65_HS1-834228961_62-HQ-83894_Section_4
Agency: FBI
Page 182
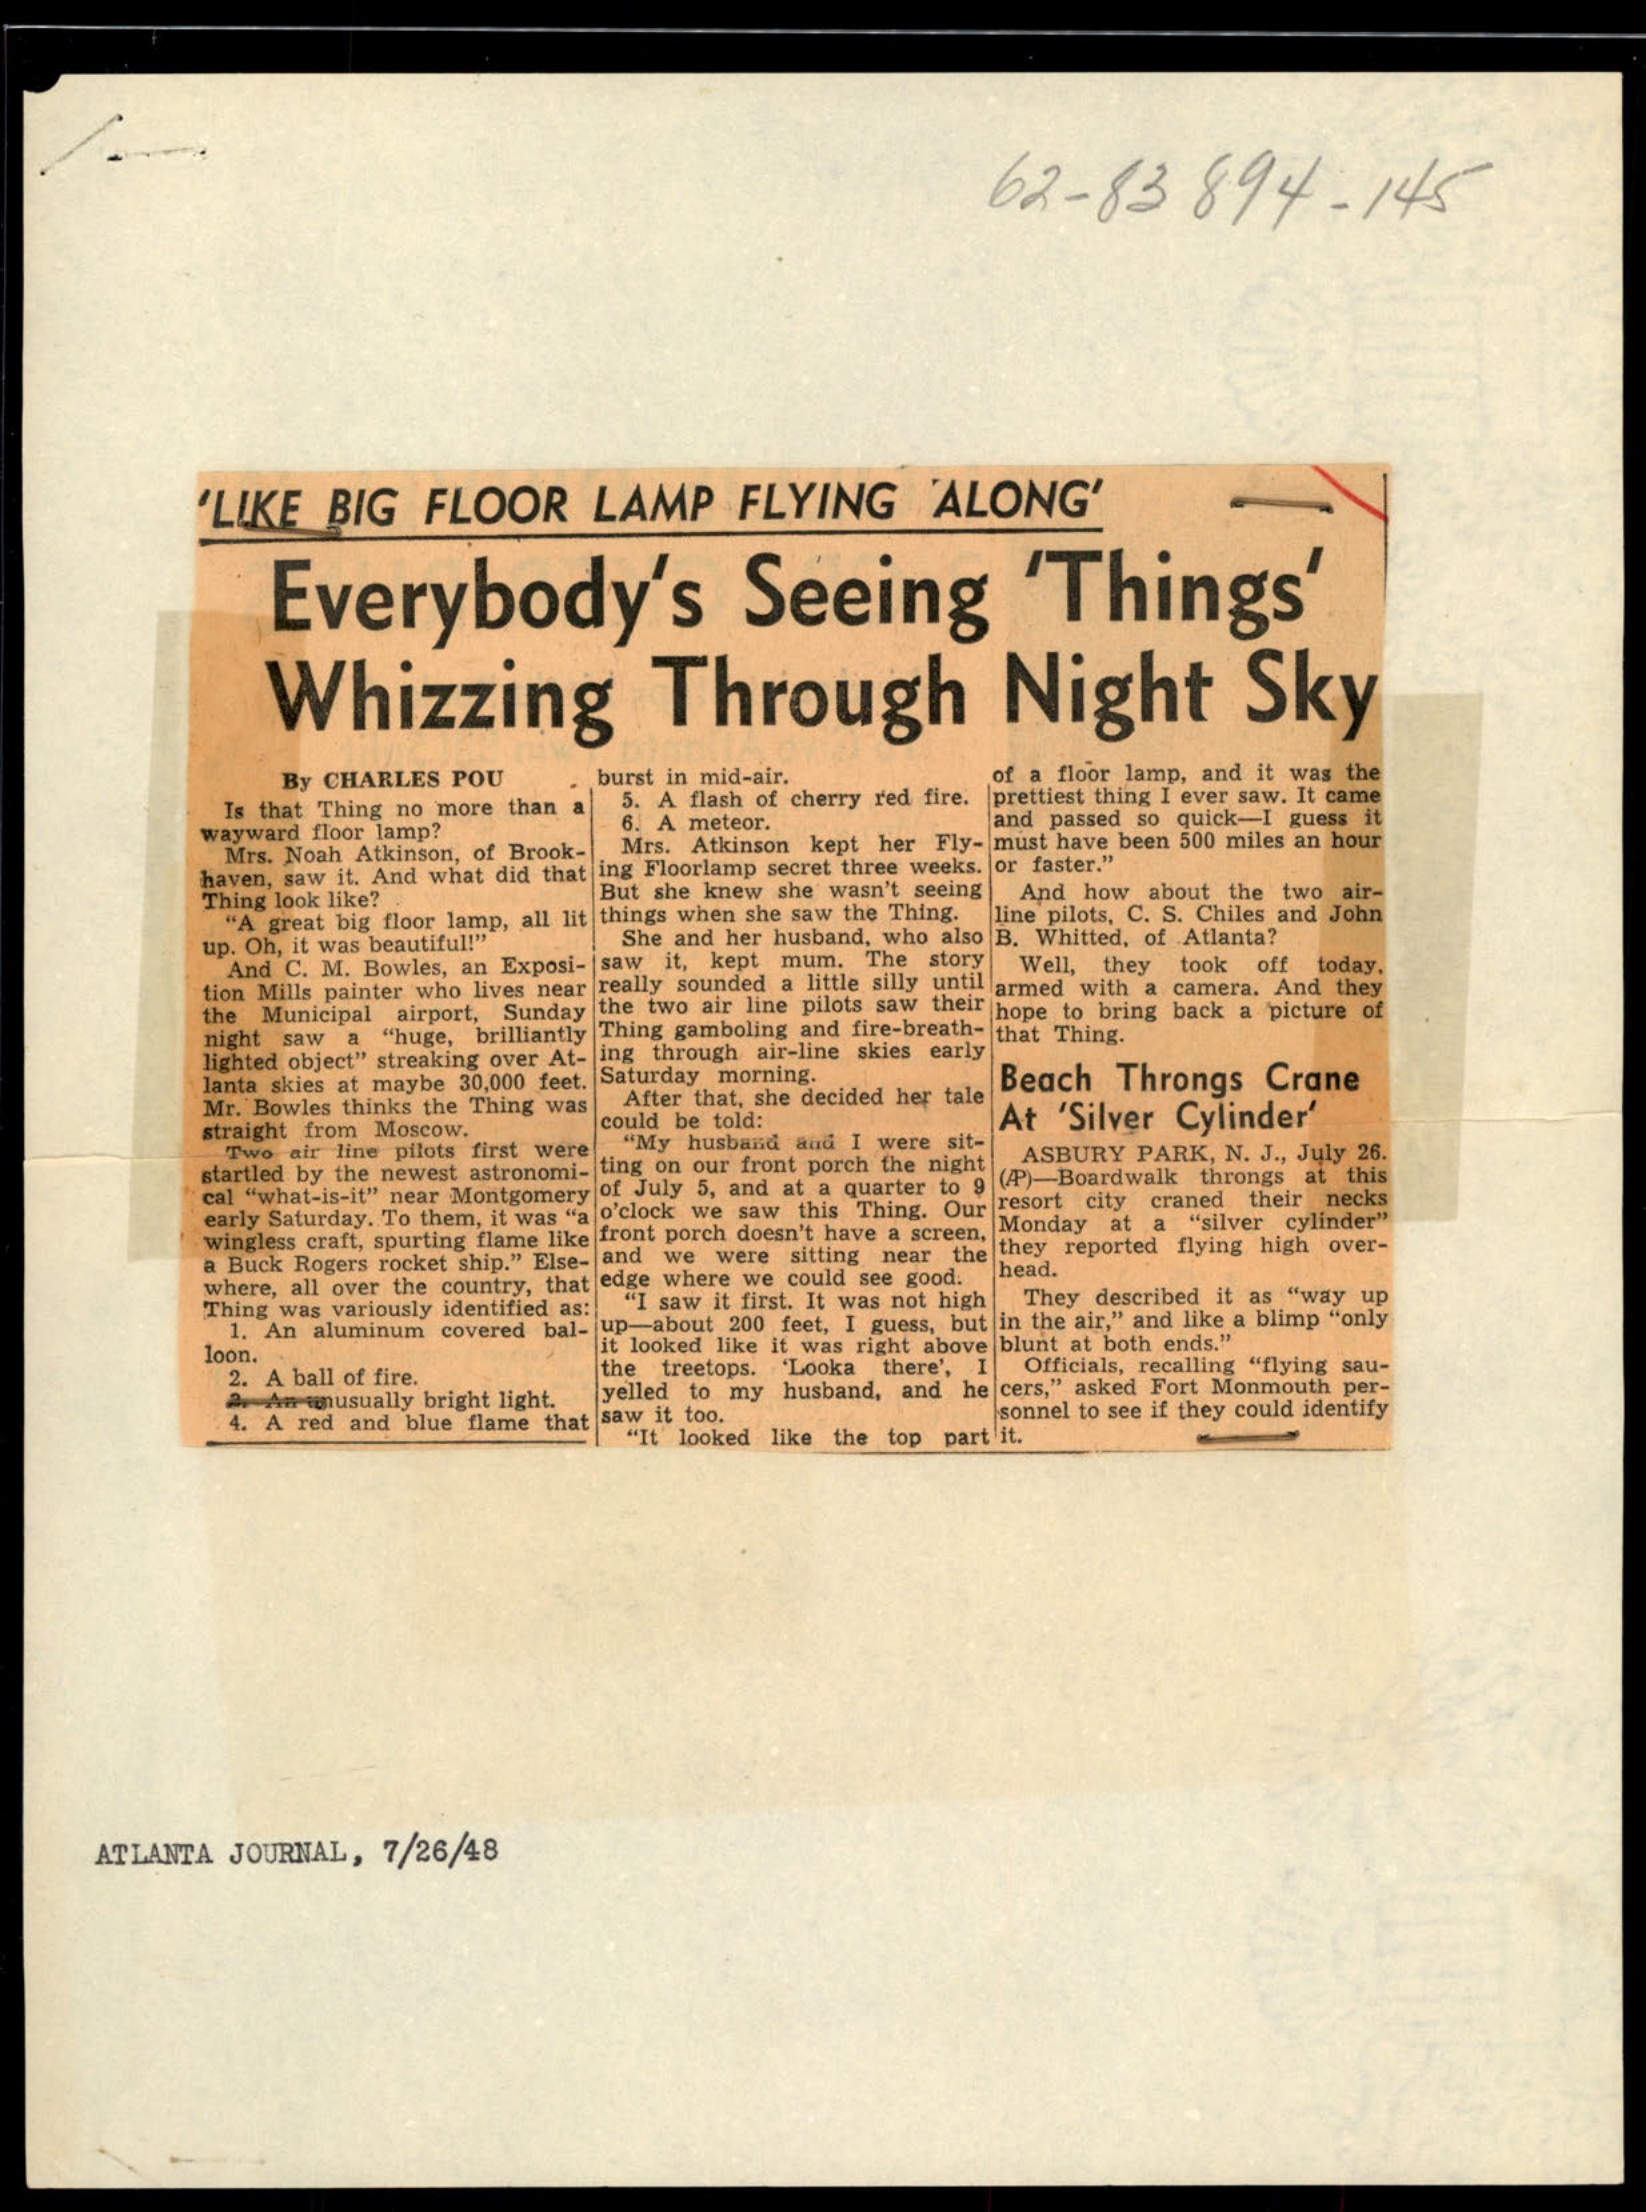